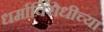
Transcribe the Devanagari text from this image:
धर्माविरोधीच्या